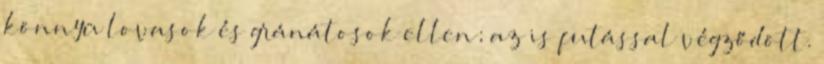
könnyü lovasok és gránátosok ellen; az is futással végződött.